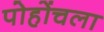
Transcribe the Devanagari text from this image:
पोहोंचला